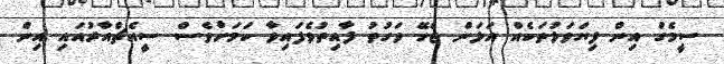
ސީމެގް އިން ފިޔަވަޅުތަކެއް އަޅަން ޖެހޭ ވަގުތު ފާއިތުވެފައިވާ ކަމަށްވެސް ސީއެޗްއާރުއައި އިން